Civil Veterinary Department. Madras. Admin. report 1926-33 - 1926-1933
Year: 1926
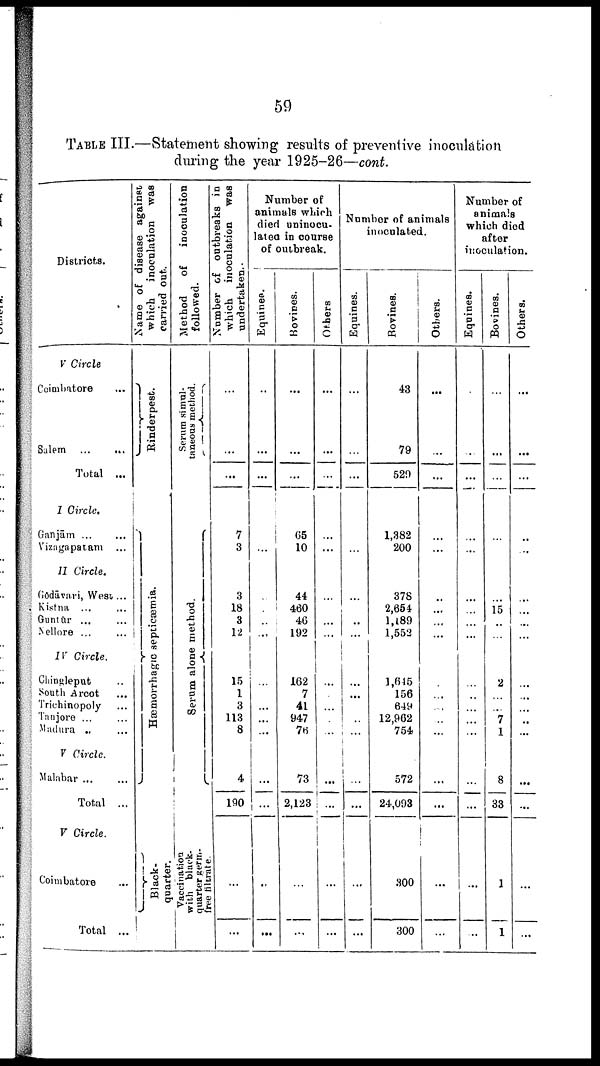
59
TABLE III.—Statement showing results of preventive inoculation
during the year 1925-26—cont.
Districts.
V Circle
Coimbatore ...
Salem ...
...
Total ...
I Circle.
Ganjām ... ...
Vizagapatam ...
II Circle.
Gōdāvari, West ...
Kistna ...
...
Guntūr ... ...
Nellore ... ...
IV Circle.
Chingleput ..
South Arcot ...
Trichinopoly ...
Tanjore ... ...
Madura .. ...
V Circle.
Malabar ... ...
Total ...
V Circle.
Coimbatore ...
Total ...
Name of disease against
which inoculation was
carried out.
Rinderpest.
Hæmorrhagic septicæmia.
Black-
quarter.
Method
of
inoculation
followed.
Serum simul
taneous method.
Serum alone method.
Vaccination
with black-
quarter germ-
free filtrate.
Number of outbreaks in
which inoculation was
undertaken.
...
...
...
7
3
3
18
3
12
15
1
3
113
8
4
190
...
...
Number of
animals which
died uninocu-
lated in course
of outbreak.
Equines.
..
...
...
...
..
.
...
...
...
...
...
...
...
...
...
..
...
Bo vines.
...
...
...
65
10
44
460
46
192
162
7
41
947
76
73
2,123
...
...
Others
...
...
...
...
...
...
...
...
...
...
...
...
...
...
...
...
...
Number of animals
inoculated.
Equines.
...
...
...
...
...
..
...
...
...
...
...
...
...
...
...
Bovines.
43
79
520
1,382
200
378
2,654
1,189
1,552
1,645
156
649
12,962
754
572
24,093
300
300
Others.
...
...
...
...
...
...
...
...
...
...
...
...
...
...
...
...
...
...
Number of
animals
which died
after
inoculation.
Equines.
...
...
...
...
...
...
...
...
...
...
..
...
...
...
...
...
...
...
Bovines.
...
...
...
...
...
...
15
...
...
2
...
...
7
1
8
33
1
1
Others.
...
...
...
..
...
...
...
...
...
...
...
...
..
...
...
...
...
...